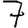
Digit: 7